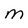
Character: M